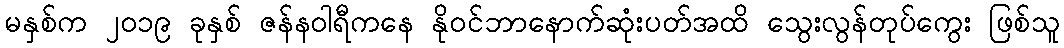
မနှစ်က ၂၀၁၉ ခုနှစ် ဇန်နဝါရီကနေ နိုဝင်ဘာနောက်ဆုံးပတ်အထိ သွေးလွန်တုပ်ကွေး ဖြစ်သူ